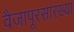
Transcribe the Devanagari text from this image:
वैजापूरसारख्या